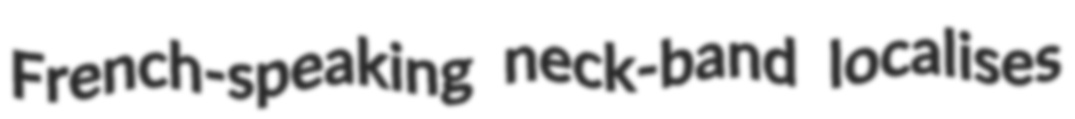
French-speaking neck-band localises